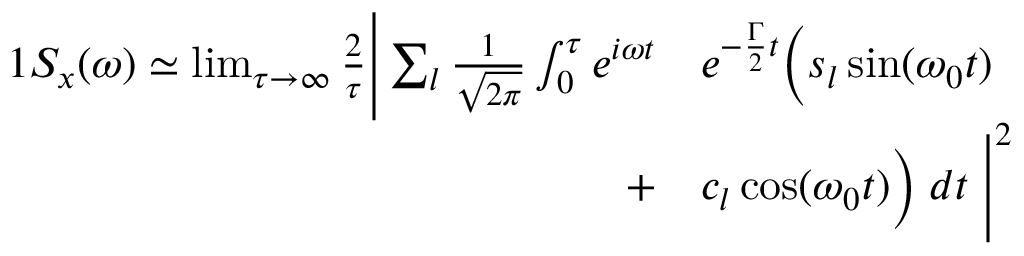
\begin{array} { r l } { { 1 } S _ { x } ( \omega ) \simeq \operatorname* { l i m } _ { \tau \to \infty } \frac { 2 } { \tau } \Bigg | \sum _ { l } \frac { 1 } { \sqrt { 2 \pi } } \int _ { 0 } ^ { \tau } e ^ { i \omega t } } & { { } e ^ { - \frac { \Gamma } { 2 } t } \Big ( s _ { l } \sin ( \omega _ { 0 } t ) } \\ { + } & { { } c _ { l } \cos ( \omega _ { 0 } t ) \Big ) \; d t \; \Bigg | ^ { 2 } } \end{array}